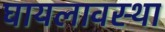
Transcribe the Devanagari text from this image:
घायलावस्था